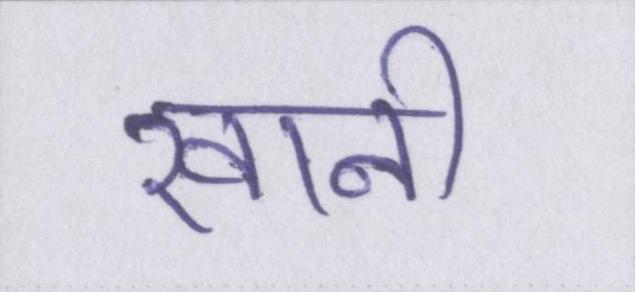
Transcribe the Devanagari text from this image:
खानी